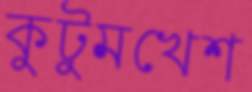
কুটুমখেশ